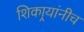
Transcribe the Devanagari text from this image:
शिकार्‍यांनीच